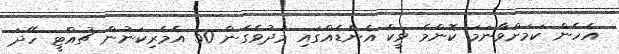
އެހެން ކަމަށްވާނަމަ ކޮންމެ ވީކް އެންޑެއްގައި މަދުވެގެން 50 އެމެރިކަނުން ޗުއްޓީ ހޭދަ